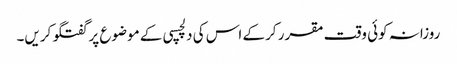
روزانہ کوئی وقت مقرر کرکے اس کی دلچسپی کے موضوع پر گفتگو کریں۔